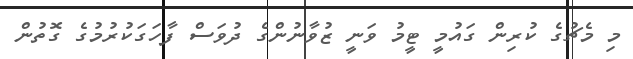
މި މެޗުގެ ކުރިން ގައުމީ ޓީމު ވަނީ ޒުވާނުންގެ ދުވަސް ފާހަގަކުރުމުގެ ގޮތުން